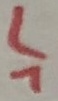
Text: L1